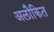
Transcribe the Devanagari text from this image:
अलौकित